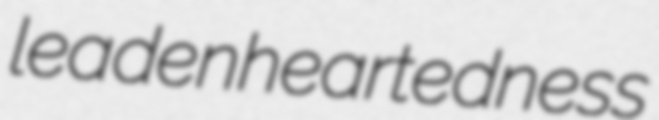
leadenheartedness